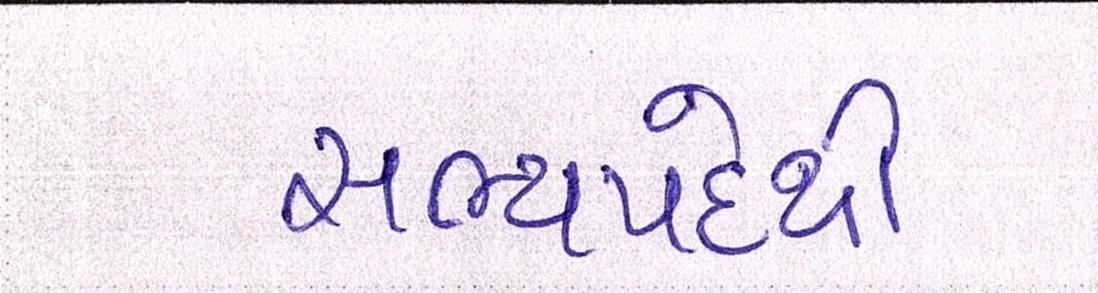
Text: સભ્યપદેથી